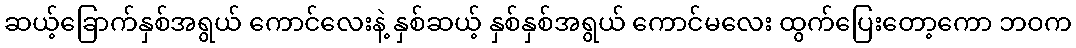
ဆယ့်ခြောက်နှစ်အရွယ် ကောင်လေးနဲ့ နှစ်ဆယ့် နှစ်နှစ်အရွယ် ကောင်မလေး ထွက်ပြေးတော့ကော ဘဝက